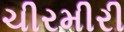
ચીરમીરી